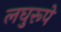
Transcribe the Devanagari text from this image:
लघुरूपे